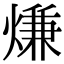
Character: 熑